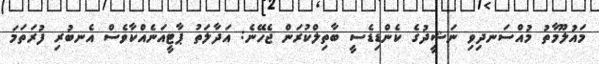
މައުލޫމާތު މުއްސަނދިވި ނަޝީދުގެ ކެންޑިޑެސީ ބާތިލްކުރަން ޖެހޭނެ: އަދާލަތު ޕާޓީއަނެއްކާވެސް އެނބުރި ފުރަތަމަ